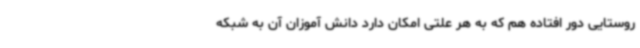
روستایی دور افتاده هم که به هر علتی امکان دارد دانش آموزان آن به شبکه